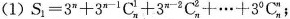
(1)$$S _ { 1 } = 3 ^{ n } + 3 ^ { n-1 } C _ { n } ^ { 1 } + 3 ^{ n - 2 } C _ { n } ^ { 2 } + ... + 3 ^{ 0 } C _{ n } ^{ n }$$;